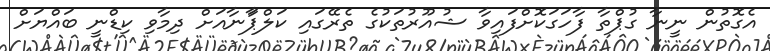
އެގޮތުން ނީނާ ގުޕްތާ ފާހަގަކޮށްފައިވާ ޝުއޫރުތަކުގެ ތެރޭގައި ކަލްޕާަނާއަށް ދިމާވި ކިޑްނީ ބައްޔަށް